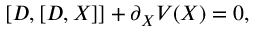
[ D , [ D , X ] ] + \partial _ { X } V ( X ) = 0 ,